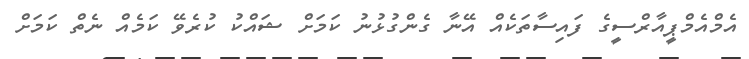
އެމްއެމްޕީއާރްސީގެ ފައިސާތަކެއް އޭނާ ގެންގުޅުނު ކަމަށް ޝައްކު ކުރެވޭ ކަމެއް ނެތް ކަމަށް